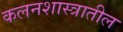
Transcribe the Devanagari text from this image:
कलनशास्त्रातील